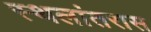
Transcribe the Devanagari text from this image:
स्थलांतरास